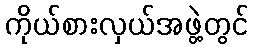
ကိုယ်စားလှယ်အဖွဲ့တွင်